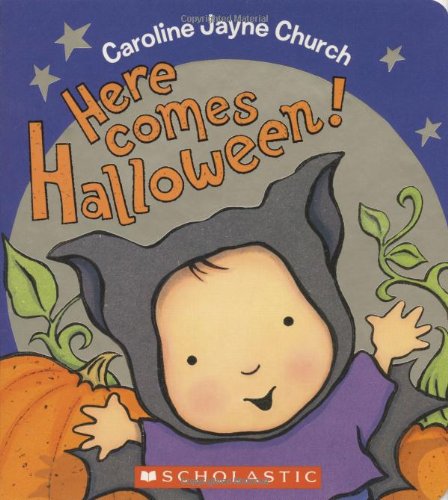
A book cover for Here Comes Halloween!; Becki Ward; Children's Books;